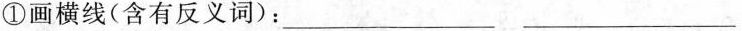
①画横线(含有反义词)：___